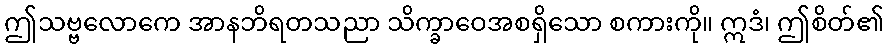
ဤသဗ္ဗလောကေ အာနဘိရတသညာ သိက္ခာဝေအစရှိသော စကားကို။ ဣဒံ၊ ဤစိတ်၏